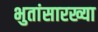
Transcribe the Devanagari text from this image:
भुतांसारख्या